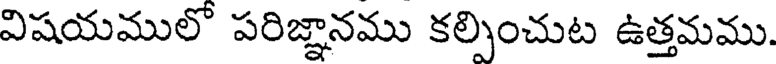
విషయములో పరిజ్ఞానము కల్పించుట ఉత్తమము.